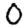
Digit: 0